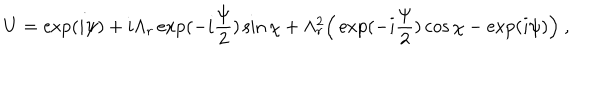
LaTeX: U = \exp ( i \psi ) + i \Lambda _ { r } \exp ( - i \frac { \psi } { 2 } ) \sin \chi + \Lambda _ { r } ^ { 2 } \Bigr ( \exp ( - i \frac { \psi } { 2 } ) \cos \chi - \exp ( i \psi ) \Bigr ) \ ,